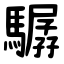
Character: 驏